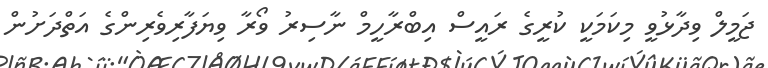
ޖަމީލް ވިދާޅުވީ މިކަމަކީ ކުރީގެ ރައީސް އިބްރާހީމް ނާސިރު ވޯރާ ވިޔަފާރިވެރިންގެ އަތްދަށުން